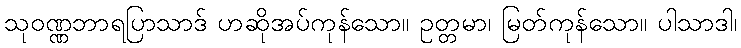
သုဝဏ္ဏဘာရပြာသာဒ် ဟဆိုအပ်ကုန်သော။ ဥတ္တမာ၊ မြတ်ကုန်သော။ ပါသာဒါ၊